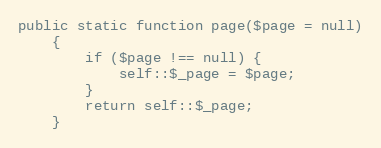
Language: PHP
public static function page($page = null)
    {
        if ($page !== null) {
            self::$_page = $page;
        }
        return self::$_page;
    }